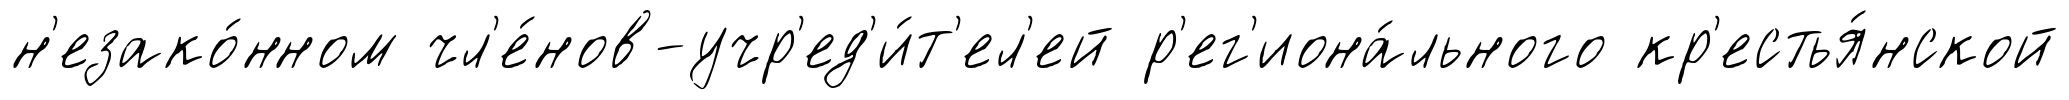
н'езако́нном чл'е́нов-учр'ед'и́т'ел'ей р'ег'иона́льного кр'естья́нской